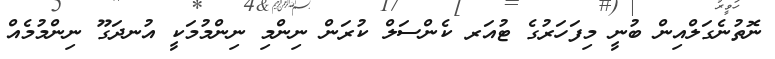
ނޮތުނެގަލްއިން ބުނީ މިފަހަރުގެ ޓުއަރ ކެންސަލް ކުރަން ނިންމި ނިންމުމަކީ އުނދަގޫ ނިންމުމެއް